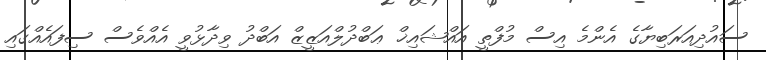
ސައުދިއަރަބިޔާގެ އެންމެ އިސް މުފްތީ އައްޝައިޚް ޢަބްދުލްއަޒީޒް އަބްދު ވިދާޅުވީ އެއްވެސް ސިފައެއްގައި